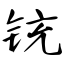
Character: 铳